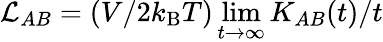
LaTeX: \mathcal{L}_{AB}=(V/2k_{\mathrm{B}}T)\operatorname*{lim}_{t\to\infty}K_{AB}(t)/t